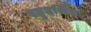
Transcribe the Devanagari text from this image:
बहुदर्शित